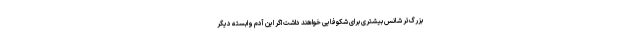
بزرگ‌تر شانس بیشتری برای شکوفایی خواهند داشت اگر این آدم وابسته دیگر